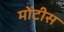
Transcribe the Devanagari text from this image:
मोंटीस